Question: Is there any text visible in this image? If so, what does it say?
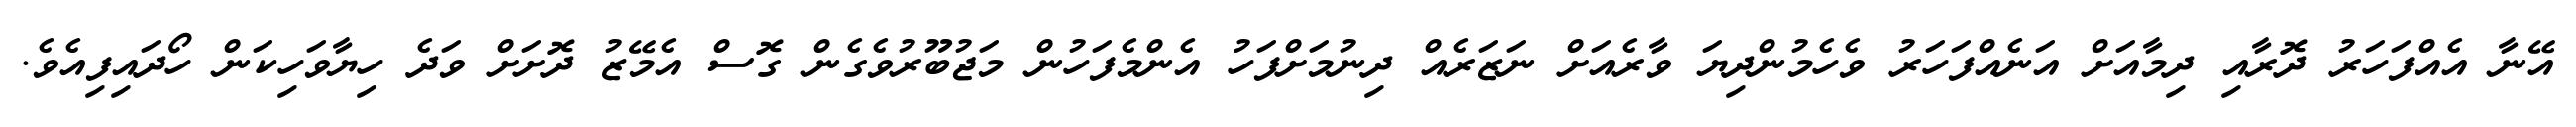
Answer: އޭނާ އެއްފަހަރު ދޮރާއި ދިމާއަށް އަނެއްފަހަރު ވެހެމުންދިޔަ ވާރެއަށް ނަޒަރެއް ދިނުމަށްފަހު އެންމެފަހުން މަޖުބޫރުވެގެން ގޮސް އެމޭޒު ދޮށަށް ވަދެ ހިޔާވަހިކަން ހޯދައިފިއެވެ.